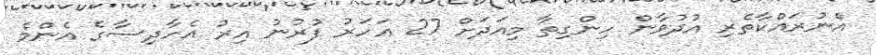
އެނުރައްކާތެރި އުދުވާން ހިންގިތާ މިއަދަށް 27 އަހަރު ފުރުނު އިރު އެހާދިސާގެ އެންމެ